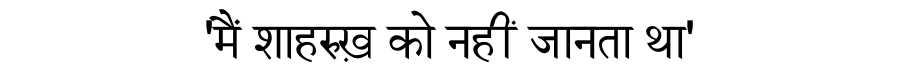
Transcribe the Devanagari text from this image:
'मैं शाहरुख़ को नहीं जानता था'